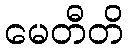
မေတီတိ